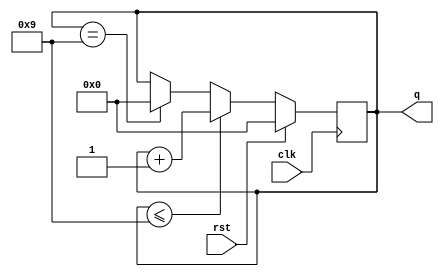
module bcd_counter (
    input clk, rst, output reg [3:0] q
);
    always @(posedge clk) begin
        if(rst) 
        q <= 4'b0000;
        else if(q <= 4'b1001)
        q <= q+1;
        else if(q == 4'b1001)
        q <= 4'b0000;
    end
endmodule